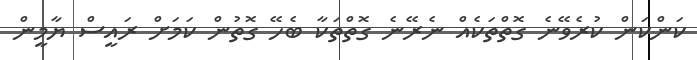
ކަންކަން ކުރެވޭނެ ގޮތްތަކެއް ނެރޭނެ ގޮތްތަކާ ބެހޭ ގޮތުން ކަމަށް ރައީސް ޔާމީން